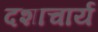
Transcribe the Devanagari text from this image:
दशाचार्य